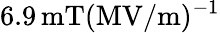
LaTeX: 6.9\, \mathrm{mT(MV/m)^{-1}}